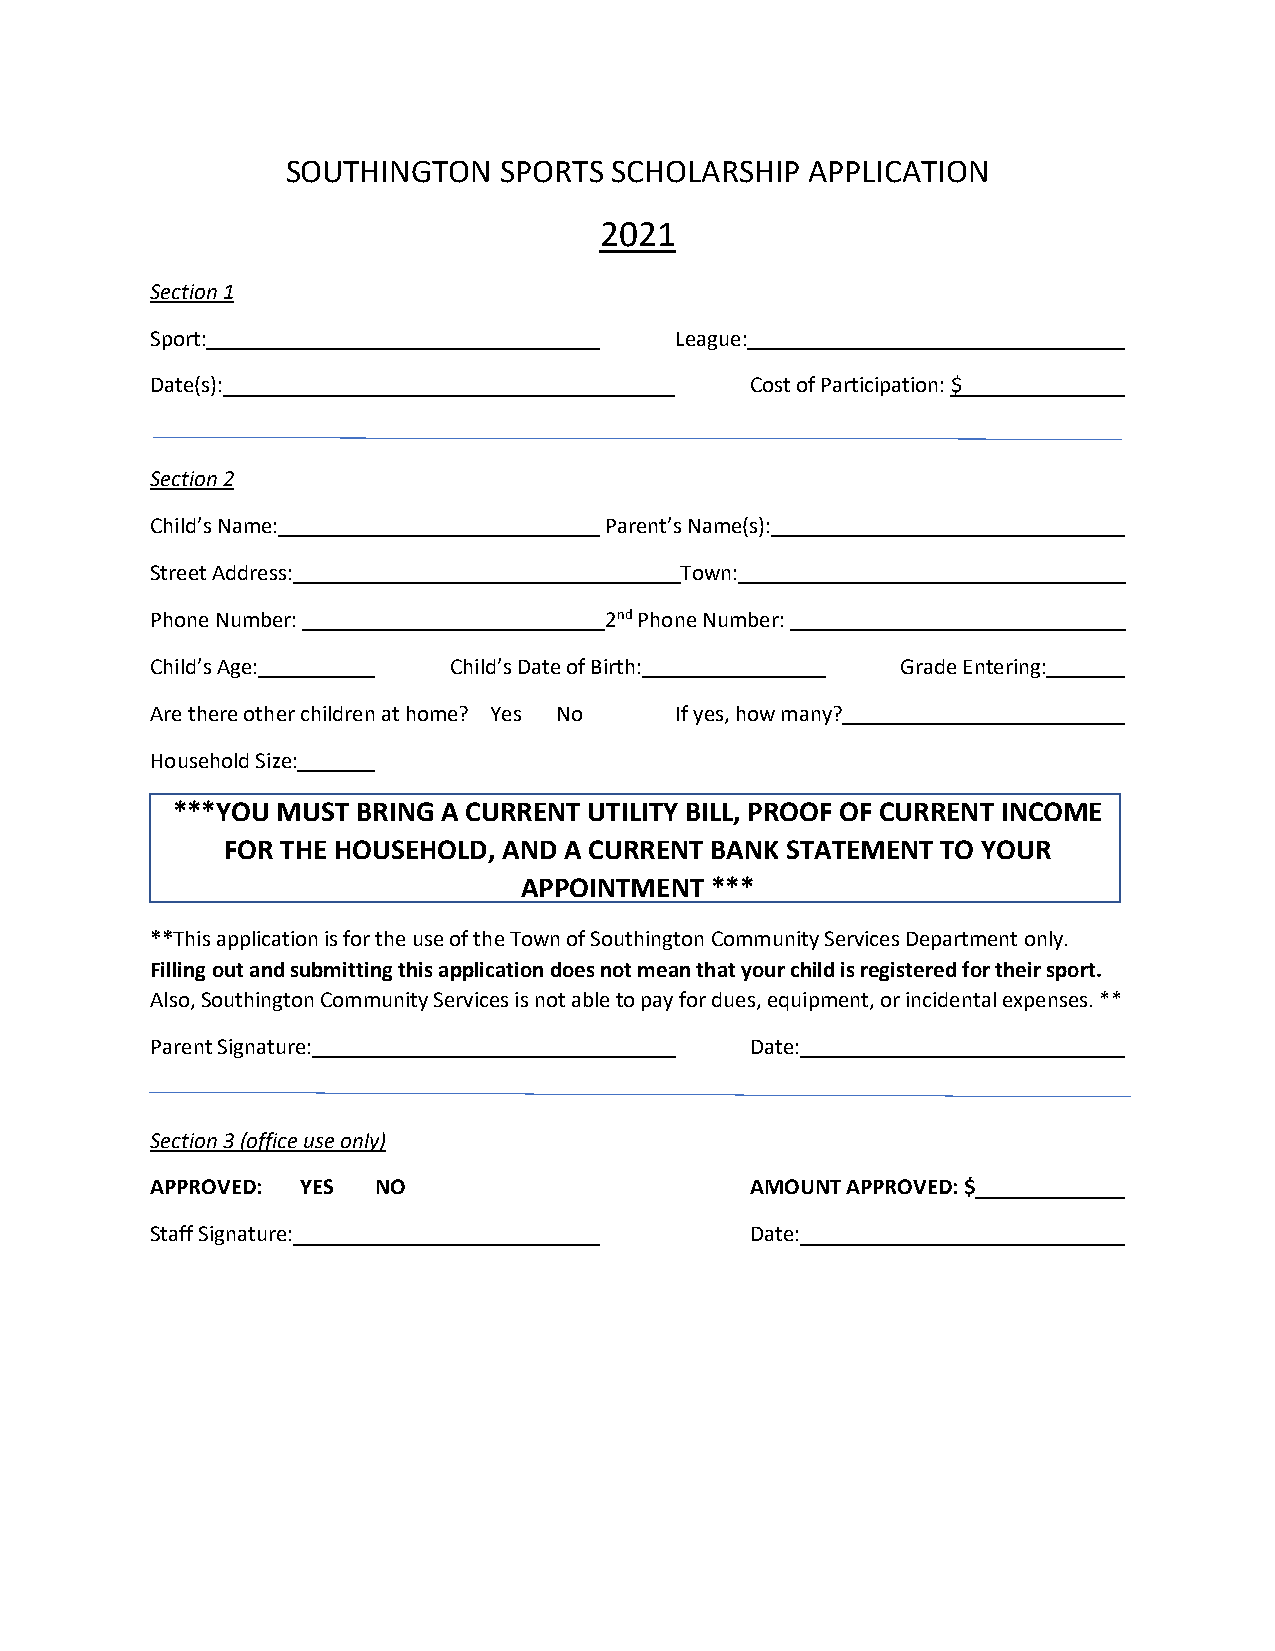
SOUTHINGTON   SPORTS SCHOLARSHIP  APPLICATION
 2021
 Section 1
 Sport:                             League:
 Date(s):                                Cost of Participation: $
 Section 2
 Child’s Name:                 Parent’s Name(s):
 Street Address:                    Town:
 Phone Number:                 2nd Phone Number:
 Child’s Age:        Child’s Date of Birth:        Grade Entering:
 Are there other children at home? Yes No If yes, how many?
 Household Size:
 ***YOU MUST  BRING A CURRENT UTILITY BILL, PROOF OF CURRENT INCOME
 FOR THE HOUSEHOLD, AND A CURRENT BANK STATEMENT TO YOUR
 APPOINTMENT  ***
 **This application is for the use of the Town of Southington Community Services Department only.
 Filling out and submitting this application does not mean that your child is registered for their sport.
 Also, Southington Community Services is not able to pay for dues, equipment, or incidental expenses. **
 Parent Signature:                       Date:
 Section 3 (office use only)
 APPROVED: YES  NO                       AMOUNT APPROVED: $
 Staff Signature:                        Date: